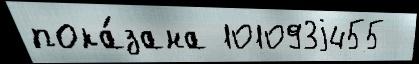
пока́зана 101093j455